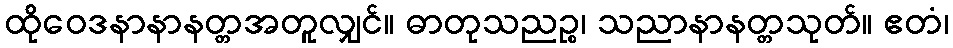
ထိုဝေဒနာနာနတ္တအတူလျှင်။ ဓာတုသညဉ္စ၊ သညာနာနတ္တသုတ်။ ဧတံ၊